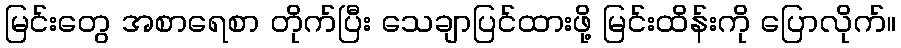
မြင်းတွေ အစာရေစာ တိုက်ပြီး သေချာပြင်ထားဖို့ မြင်းထိန်းကို ပြောလိုက်။